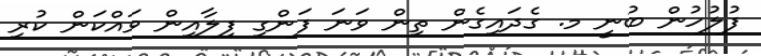
ފުލުހުން ބުނީ މ. ގެދައިގެން ތިން ވަނަ ފަންގި ފިލާއިން ވައްކަން ކުރި